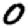
Digit: 0